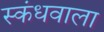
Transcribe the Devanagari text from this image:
स्कंधवाला